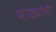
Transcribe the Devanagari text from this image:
मोठ्यांनी